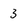
Character: 3